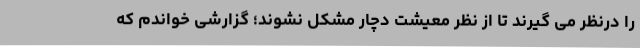
را درنظر می گیرند تا از نظر معیشت دچار مشکل نشوند؛ گزارشی خواندم که